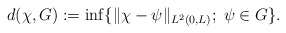
\begin{align*}d(\chi,G):=\inf\{\|\chi-\psi\|_{L^2(0,L)};\;\psi\in G\}.\end{align*}